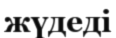
жүдеді